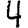
Digit: 4